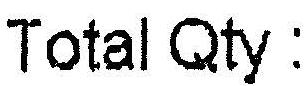
TOTAL QTY :